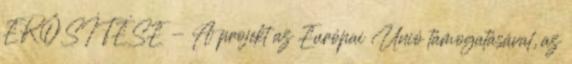
ERŐSÍTÉSE - A projekt az Európai Unió támogatásával, az